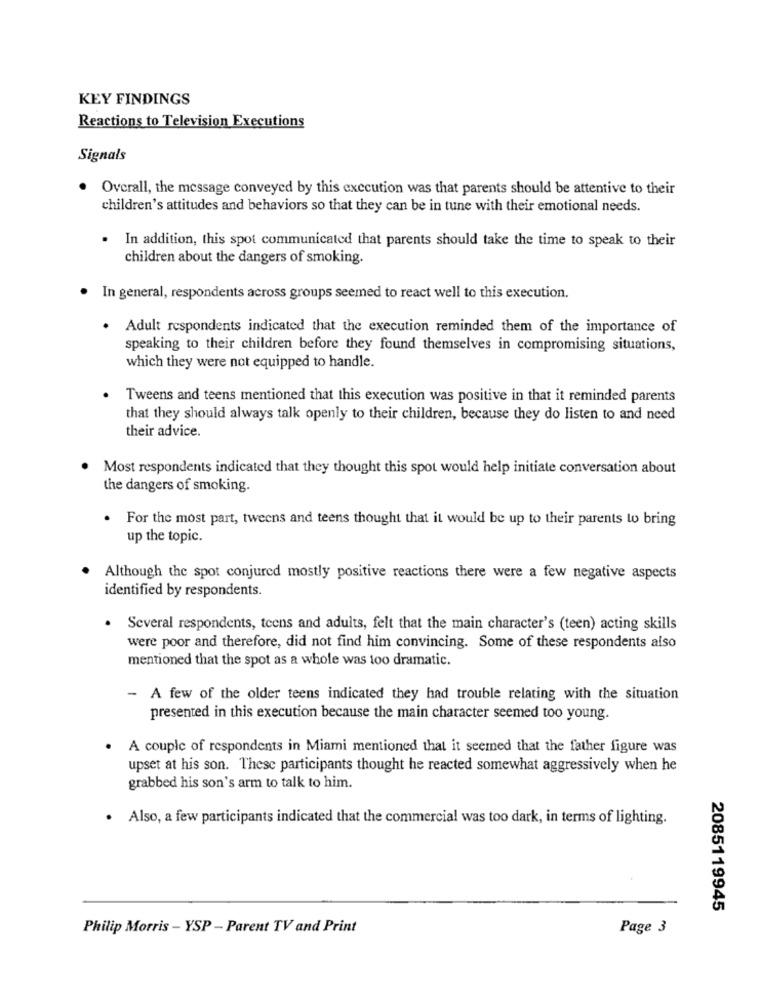
KEY FINDINGS
Reactions to Television Executions
Signals
Overall, the message conveyed by this execution was that parents should be attentive to their
children's attitudes and behaviors so that they can be in tune with their emotional needs.
In addition, this spot communicated that parents should take the time to speak to their
children about the dangers of smoking.
In general, respondents across groups seemed to react well to this execution.
. Adult respondents indicated that the execution reminded them of the importance of
speaking to their children before they found themselves in compromising situations,
which they were not equipped to handle.
Tweens and teens mentioned that this execution was positive in that it reminded parents
that they should always talk openly to their children, because they do listen to and need
their advice.
Most respondents indicated that they thought this spot would help initiate conversation about
the dangers of smoking.
. For the most part, tweens and teens thought that it would be up to their parents to bring
up the topic.
Although the spot conjured mostly positive reactions there were a few negative aspects
identified by respondents.
.
Several respondents, teens and adults, felt that the main character's (teen) acting skills
were poor and therefore, did not find him convincing. Some of these respondents also
mentioned that the spot as a whole was too dramatic.
- A few of the older teens indicated they had trouble relating with the situation
presented in this execution because the main character seemed too young.
A couple of respondents in Miami mentioned that it seemed that the father figure was
upset at his son. These participants thought he reacted somewhat aggressively when he
grabbed his son's arm to talk to him.
. Also, a few participants indicated that the commercial was too dark, in terms of lighting.
2085119945
Philip Morris - YSP - Parent TV and Print
Page 3